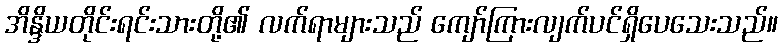
အိန္ဒိယတိုင်းရင်းသားတို့၏ လက်ရာများသည် ကျော်ကြားလျက်ပင်ရှိပေသေးသည်။